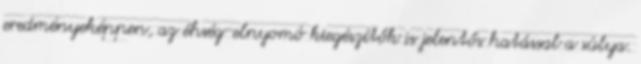
eredményeképpen, az éhség-elnyomó kiegészítők is jelentős hatással a súlya.